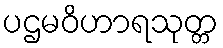
ပဌမဝိဟာရသုတ္တ